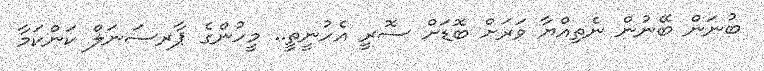
ބުނަން ބޭނުން ނެތިއްޔާ ވަރަށް ބޮޑަށް ސޮރީ އެހުނީތީ.. މީހުންގެ ޕާރސަނަލް ކަންކަމާ